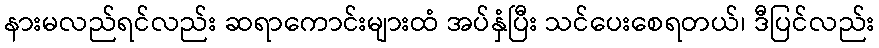
နားမလည်ရင်လည်း ဆရာကောင်းများထံ အပ်နှံပြီး သင်ပေးစေရတယ်၊ ဒီပြင်လည်း